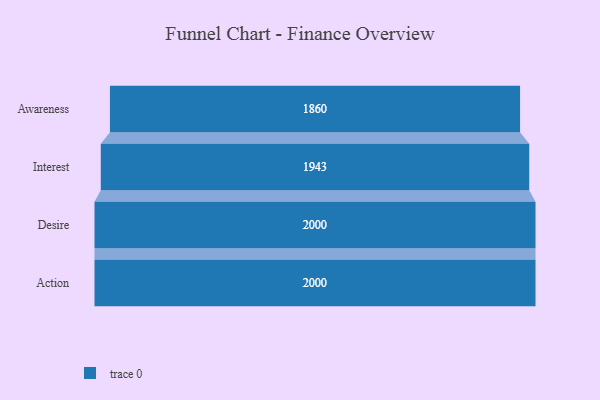
{"axis": {"x": "Stage", "y": "Value"}, "legend": [""], "data": [{"x": "Awareness", "y": 1860.0, "type": ""}, {"x": "Interest", "y": 1943.0, "type": ""}, {"x": "Desire", "y": 2000, "type": ""}, {"x": "Action", "y": 2000, "type": ""}]}